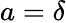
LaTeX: a=\delta